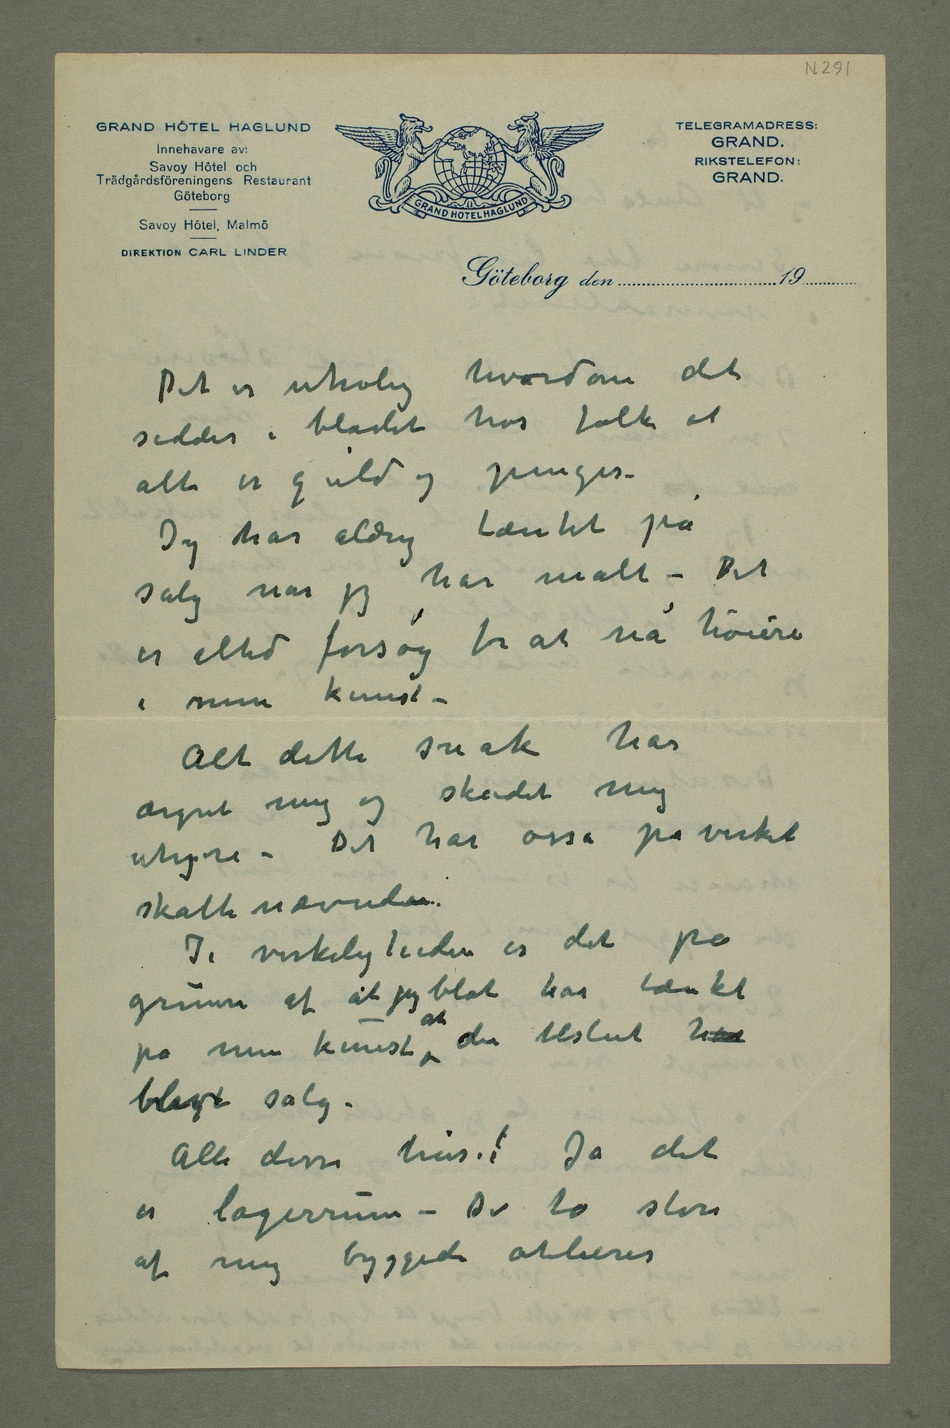
har malt – Det
er altid forsøg for at nå høiere
i min kunst –
Alt dette snak har
ærgret mig og
uhyre – Det har osså påvirket
skattenævnden.
I virkeligheden er det på
grunn af at jeg blot har tænkt
blev salg –
Alle disse hus! Ja det
er lagerrum – De to store
af mig byggede atelierer